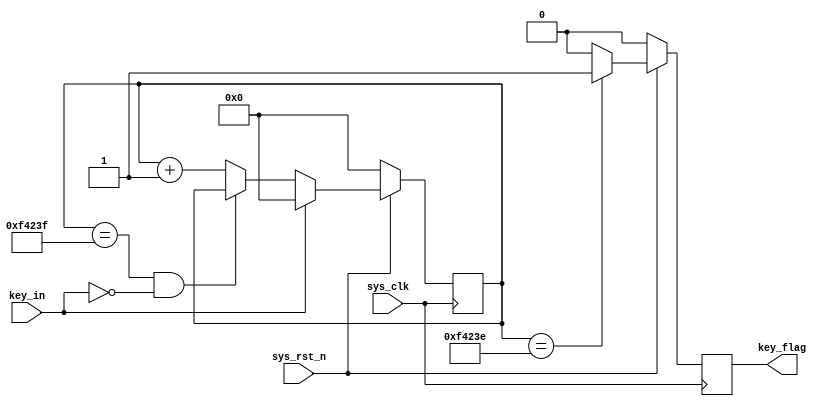
module keyled
#(
parameter CNT_MAX = 20'd999_999 //
)
(
input wire sys_clk , //50Mhz
input wire sys_rst_n , //
input wire key_in , //

output reg key_flag //key_flag1
//key_flag0
);

////
//\* Parameter and Internal Signal \//
////
//reg define
reg [19:0] cnt_20ms ; //

////
//\* Main Code \//
////

//cnt_20ms:
always@(posedge sys_clk)
if(sys_rst_n == 1'b0)
cnt_20ms <= 20'b0;
else if(key_in == 1'b1)
cnt_20ms <= 20'b0;
else if(cnt_20ms == CNT_MAX && key_in == 1'b0)
cnt_20ms <= cnt_20ms;
else
cnt_20ms <= cnt_20ms + 1'b1;

//key_flag:20ms
//key_flag999_999,
always@(posedge sys_clk)
if(sys_rst_n == 1'b0)
key_flag <= 1'b0;
else if(cnt_20ms == CNT_MAX - 1'b1)
key_flag <= 1'b1;
else
key_flag <= 1'b0;

endmodule